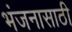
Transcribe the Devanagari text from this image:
भंजनासाठी